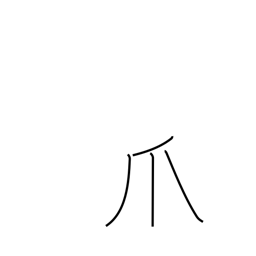
Meaning: talon